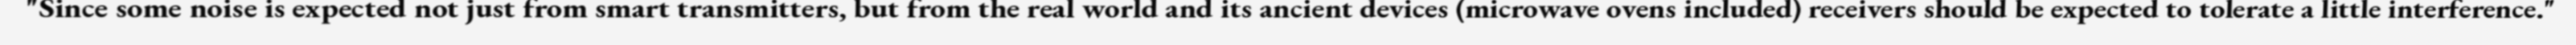
"Since some noise is expected not just from smart transmitters, but from the real world and its ancient devices (microwave ovens included) receivers should be expected to tolerate a little interference."